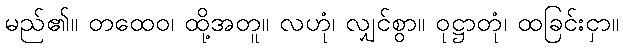
မည်၏။ တထေဝ၊ ထို့အတူ။ လဟုံ၊ လျှင်စွာ။ ဝုဋ္ဌာတုံ၊ ထခြင်းငှာ။